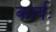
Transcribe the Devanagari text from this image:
कार्यः